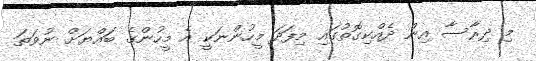
މި ދިރާސާ އިން ދެއްކިގޮތުގައި މިފަދަ މީހުންނަކީ އެ މީހުންގެ ބައްޔަށް ނުވަތަ